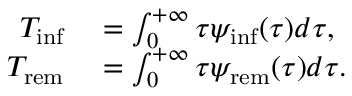
\begin{array} { r l } { T _ { \mathrm { i n f } } } & { { } = \int _ { 0 } ^ { + \infty } { \tau \psi _ { \mathrm { i n f } } ( \tau ) d \tau } , } \\ { T _ { \mathrm { r e m } } } & { { } = \int _ { 0 } ^ { + \infty } { \tau \psi _ { \mathrm { r e m } } ( \tau ) d \tau } . } \end{array}